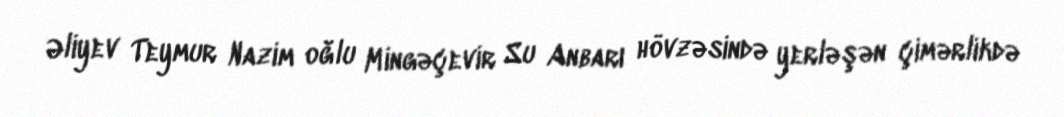
Əliyev Teymur Nazim oğlu Mingəçevir Su Anbarı hövzəsində yerləşən çimərlikdə